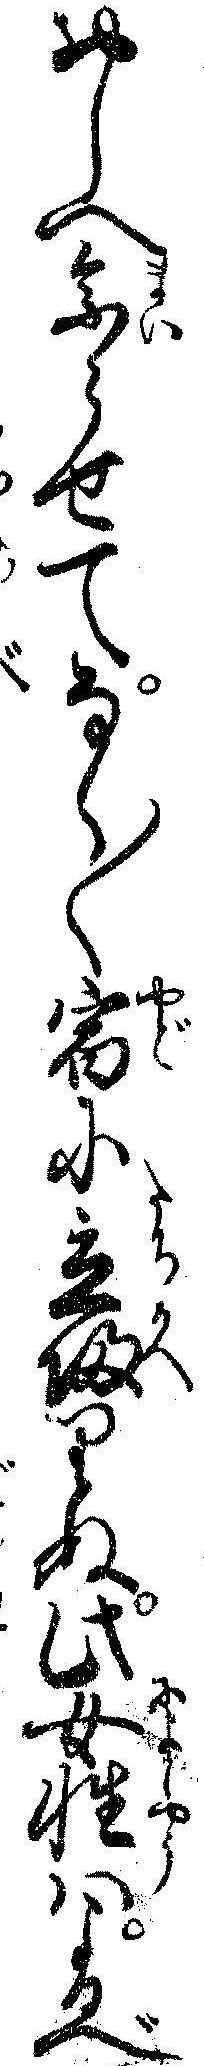
おしへ参らせてなく〱宿に立帰りぬ此女性ハよるべ